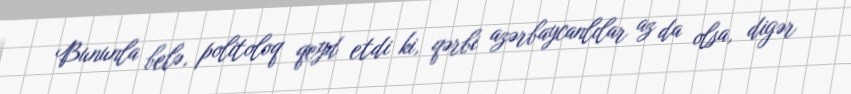
Bununla belə, politoloq qeyd etdi ki, qərbi azərbaycanlılar az da olsa, digər